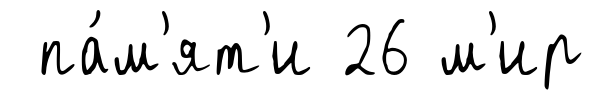
па́м'ят'и 26 м'ир